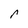
Character: r